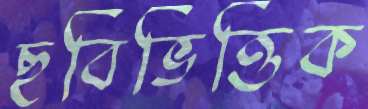
ছবিভিত্তিক